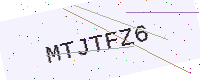
Text: MTJTFZ6